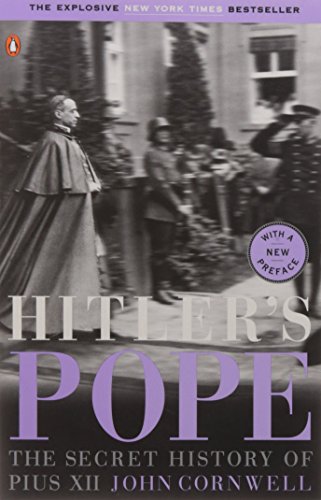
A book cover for Hitler's Pope: The Secret History of Pius XII; John Cornwell; Christian Books & Bibles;